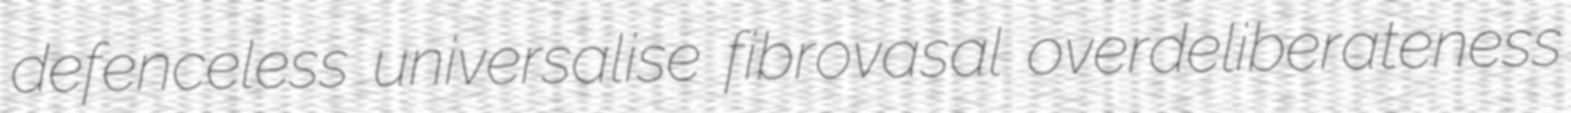
defenceless universalise fibrovasal overdeliberateness